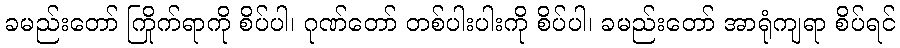
ခမည်းတော် ကြိုက်ရာကို စိပ်ပါ၊ ဂုဏ်တော် တစ်ပါးပါးကို စိပ်ပါ၊ ခမည်းတော် အာရုံကျရာ စိပ်ရင်